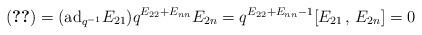
LaTeX: \begin{align*}(\ref{2})=({\rm ad}_{q^{-1}}E_{21})q^{E_{22}+E_{nn}}E_{2n}=q^{E_{22}+E_{nn}-1}[E_{21}\,,\,E_{2n}]=0\end{align*}